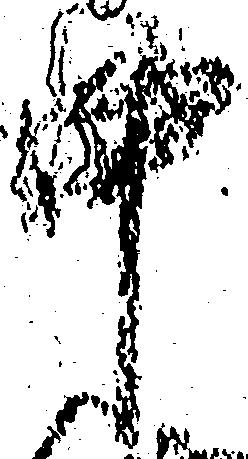
中